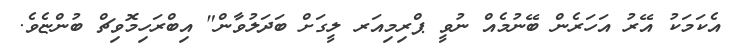
އެކަމަކު އޭރު އަހަރެން ބޭނުމެއް ނުވީ ޕްރިމިއަރ ލީގަށް ބަދަލުވާން" އިބްރަހިމޮވިޗް ބުންޏެވެ.